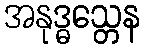
အနုဒ္ဓသ္တေန